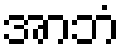
အာဘံ